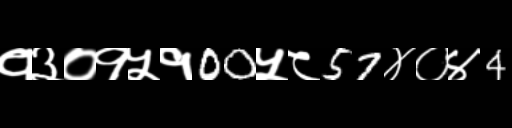
Text: १३०१५१00५८57४०४4